King Institute of Preventive Medicine Micro-Biological Section reports 1909-11
Year: 1909
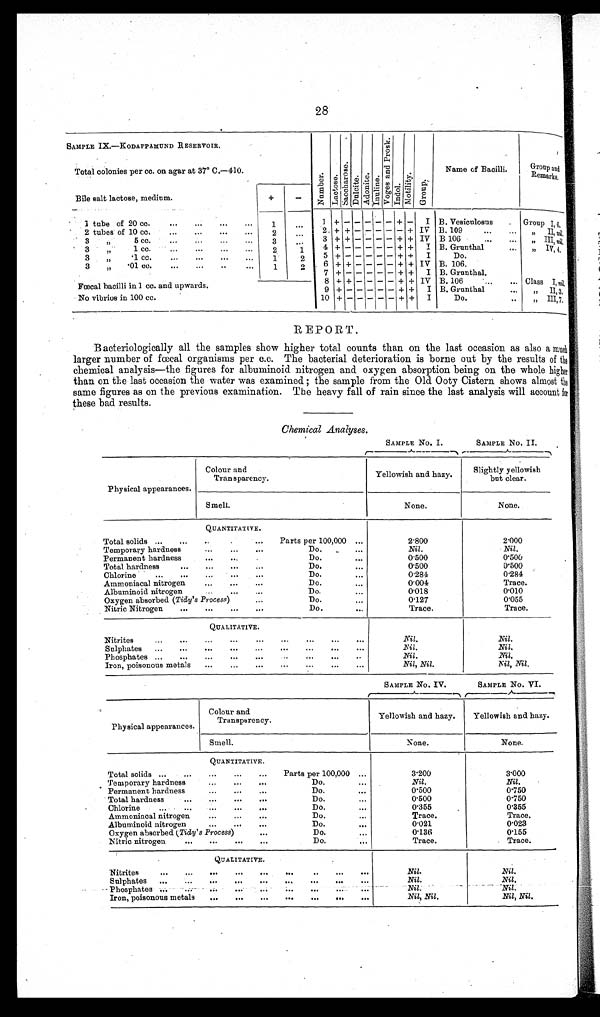
28
SAMPLE IX.—KODAPPAMUND RESERVOIR.
Total colonies per cc. on agar at 37° C.—410.
N u m b e r .
L a c t o s e . S a c c h a r o s e . D u l c i t e . A d o n i t e .
I nul i ne.
V o g e s a n d P r o s k .
Indol .
Mo t i l i t y .
Gr oup.
Name of Bacilli.
Group and
Remarks.
Bile salt lactose, medium.
+
-
1 tube of 20 cc.
. . .
. . .
. . .
. . .
1
. . . 1
+ - - - - - + - I B. Vesiculosus . . . Group I, 6.
2 tubes of 10 cc.
...
...
...
. . .
2
. . .
2 + + - - - - - + IV B. 109 ...
...
,, II,n i l .
3 , , 5 c c .
. . .
. . .
. . .
. . . 3
. . .
3 + + - - - - + + IV B 106
...
. . . ,, III,n i l .
3
,,
1 cc.
...
...
... ...
2
1 4 + - - - - - + + I B. Grunthal
... ,, IV, 4.
3
,,
. 1 c c .
. . .
. . .
. . .
. . . 1
2 5 + - - - - - + + I
Do.
3
,,
. 0 1 c c .
...
...
. . .
. . . 1
2
6 + + - - - - + + IV B. 106.
•••
7 + - - - - - + + I B. Grunthal.
Fœcal bacilli in 1 cc. and upwards.
8 + + - - - - + + IV B. 106 ...
... Class I, n i l .
9 + - - - - - + + I B. Grunthal
. . .
,,
II, 3.
No vibrios in 100 cc.
10 + - - - - - + + I
Do.
..
,,
III, 7.
REPORT.
Bacteriologically all the samples show higher total counts than on the last occasion as also a much
larger number of fœcal organisms per c.c. The bacterial deterioration is borne out by the results of the
chemical analysis—the figures for albuminoid nitrogen and oxygen absorption being on the whole higher
than on the last occasion the water was examined ; the sample from the Old Ooty Cistern shows almost the
same figures as on the previous examination. The heavy fall of rain since the last analysis will account for
these bad results.
Chemical Analyses.
SAMPLE No. I.
SAMPLE No. II.
Physical appearances.
Colour and
Transparency.
Yellowish and hazy.
Slightly yellowish
but clear.
Smell.
None.
None.
QUANTITATIVE.
Total solids ... . . .
. . . . . . ... Parts per 100,000 ...
2.800
2.000
Temporary hardness
. . .
. . .
. . .
Do. _
. . .
Nil.
Nil.
Permanent hardness
. . .
. . .
. . .
Do.
...
0.500
0.500
Total hardness
...
. . .
... ...
Do.
...
0.500
0.500
Chlorine
...
. . .
...
. . .
. . .
Do.
...
0.284
0.284
Ammoniacal nitrogen
...
. . .
. . .
Do.
. . .
0.004
Trace.
Albuminoid nitrogen
. . .
. . .
. . .
Do.
...
0.018
0.010
Oxygen absorbed (Tidy's Process)
. . .
Do.
. . .
0.127
0.055
Nitric Nitrogen ... . . .
. . .
. . .
Do.
...
Trace.
Trace.
QUALITATIVE.
Nitrites
...
. . .
. . .
. . .
. . .
. . .
. . .
. . .
. . .
Nil.
Nil.
Sulphates
...
. . . ...
. . .
. . .
. . .
. . .
. . .
Nil.
Nil.
Phosphates ... ... ...
... ...
...
. . .
. . .
. . .
Nil.
Nil.
Iron, poisonous metals . . . ...
... ... ...
... ... ...
Nil, Nil.
Nil, Nil.
SAMPLE No. IV.
SAMPLE No. VI.
Physical appearances.
Colour and
Transparency.
Yellowish and hazy.
Yellowish and hazy.
Smell.
None.
None.
QUANTITATIVE.
Total solids ... ... ...
. . . . . .
Parts per 100,000 ...
3.200
3.000
Temporary hardness
. . .
. . .
. . .
Do.
...
Nil.
Nil.
Permanent hardness
... ... . . .
Do.
. . .
0.500
0.750
Total hardness
... ... ... . . .
Do.
...
0.500
0.750
Chlorine
...
. . .
. . .
. . .
. . .
Do.
...
0.355
0.355
Ammoniacal nitrogen
. . .
. . .
. . .
Do
...
Trace.
Trace.
Albuminoid nitrogen
. . . ... ...
Do.
. . .
0.021
0.023
Oxygen absorbed (Tidy's Process)
. . .
Do.
. . .
0.136
0.155
Nitric nitrogen
... ... . . .
. . .
D o .
...
T r a c e .
Trace.
QUALITATIVE.
Nitrites ...
...
. . .
. . .
. . .
. . .
. . .
. . .
. . .
Nil. Nil.
Sulphates ... ... ... ... ...
. . .
. . .
...
. . .
Nil.
Nil.
Phosphates ... ...
. . .
...
. . . ...
. . .
. . .
. . .
Nil.
Nil.
Iron, poisonous metals ...
...
. . . ... ... ... . . .
. . .
Nil, Nil.
Nil, Nil.